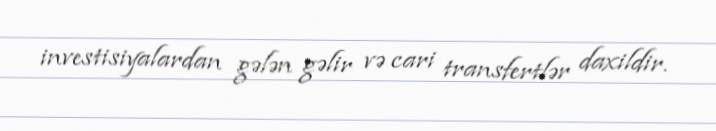
investisiyalardan gələn gəlir və cari transfertlər daxildir.